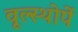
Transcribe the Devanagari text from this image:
वूल्स्थोर्पे